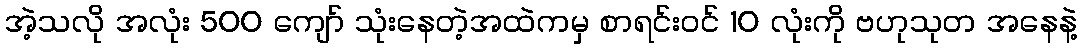
အဲ့သလို အလုံး 500 ကျော် သုံးနေတဲ့အထဲကမှ စာရင်းဝင် 10 လုံးကို ဗဟုသုတ အနေနဲ့